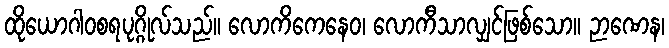
ထိုယောဂါဝစရပုဂ္ဂိုလ်သည်။ လောကိကေနေဝ၊ လောကီသာလျှင်ဖြစ်သော။ ဉာဏေန၊